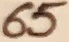
Text: 65